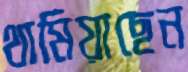
থামিয়াছেন